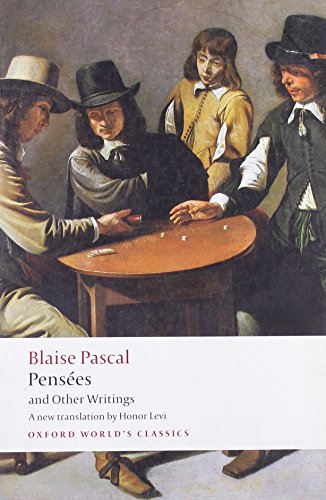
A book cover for PensÃ©es and Other Writings (Oxford World's Classics); Blaise Pascal; Politics & Social Sciences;